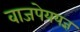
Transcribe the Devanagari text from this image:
वाजपेययज्ञ